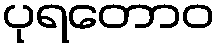
ပုရတောဝ